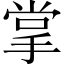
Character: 掌